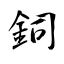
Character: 鉰